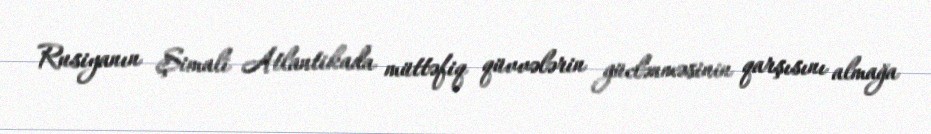
Rusiyanın Şimali Atlantikada müttəfiq qüvvələrin güclənməsinin qarşısını almağa